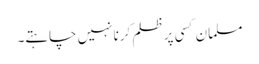
مسلمان کسی پر ظلم کرنا نہیں چاہتے۔